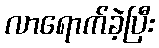
လာရောက်ခဲ့ပြီး